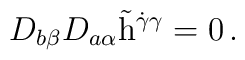
D_{b\beta}D_{a\alpha}\tilde{{\rm h}}^{\dot{\gamma}\gamma}=0\,.